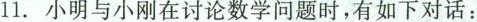
11.小明与小刚在讨论数学问题时，有如下对话：